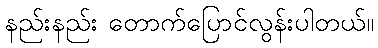
နည်းနည်း တောက်ပြောင်လွန်းပါတယ်။